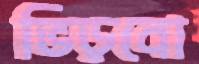
ভিড়বো